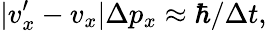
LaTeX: |v_{x}^{\prime}-v_{x}|\Delta p_{x}\approx\hbar/\Delta t,